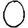
Digit: 0